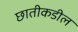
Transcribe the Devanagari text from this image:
छातीकडील